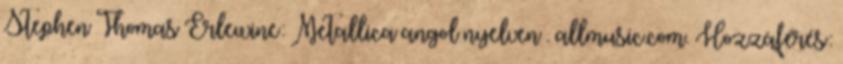
Stephen Thomas Erlewine: Metallica angol nyelven . allmusic.com. Hozzáférés: